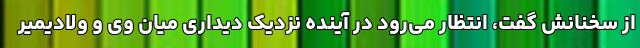
از سخنانش گفت، انتظار می‌رود در آینده نزدیک دیداری میان وی و ولادیمیر